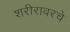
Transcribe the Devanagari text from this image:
शरीरावरचे